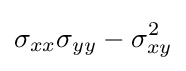
\sigma _{xx}\sigma _{yy}-\sigma _{xy}^{2}